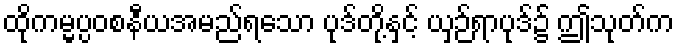
ထိုကမ္မပ္ပဝစနီယအမည်ရသော ပုဒ်တို့နှင့် ယှဉ်ရာပုဒ်၌ ဤသုတ်က